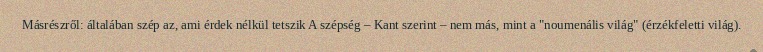
Másrészről: általában szép az, ami érdek nélkül tetszik A szépség – Kant szerint – nem más, mint a "noumenális világ" (érzékfeletti világ).